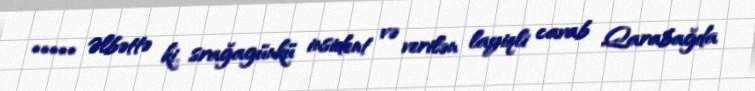
***** Əlbəttə ki, srağagünkü insident və verilən layiqli cavab Qarabağda